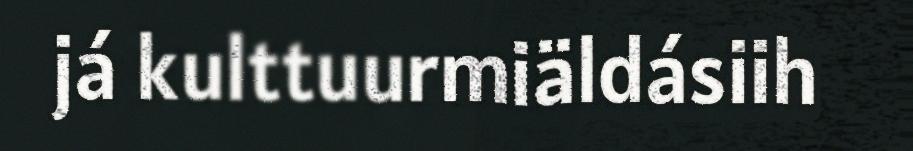
já kulttuurmiäldásiih